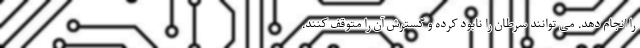
را انجام دهد. می توانند سرطان را نابود کرده و گسترش آن را متوقف کنند.